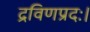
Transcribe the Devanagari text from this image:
द्रविणप्रदः।